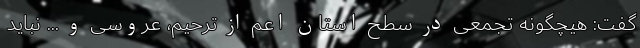
گفت: هیچگونه تجمعی در سطح استان اعم‌ از ترحیم، عروسی و ‌... نباید